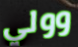
وولي